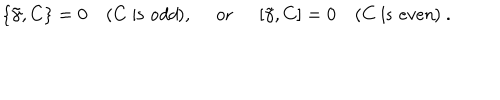
\left\{ \tilde { \gamma } , C \right\} = 0 \quad ( C \ \mathrm { i s \ { \it o d d } } ) , \quad \ \mathrm { o r } \ \quad \left[ \tilde { \gamma } , C \right] = 0 \quad ( C \ \mathrm { i s \ { \it e v e n } } ) \ .